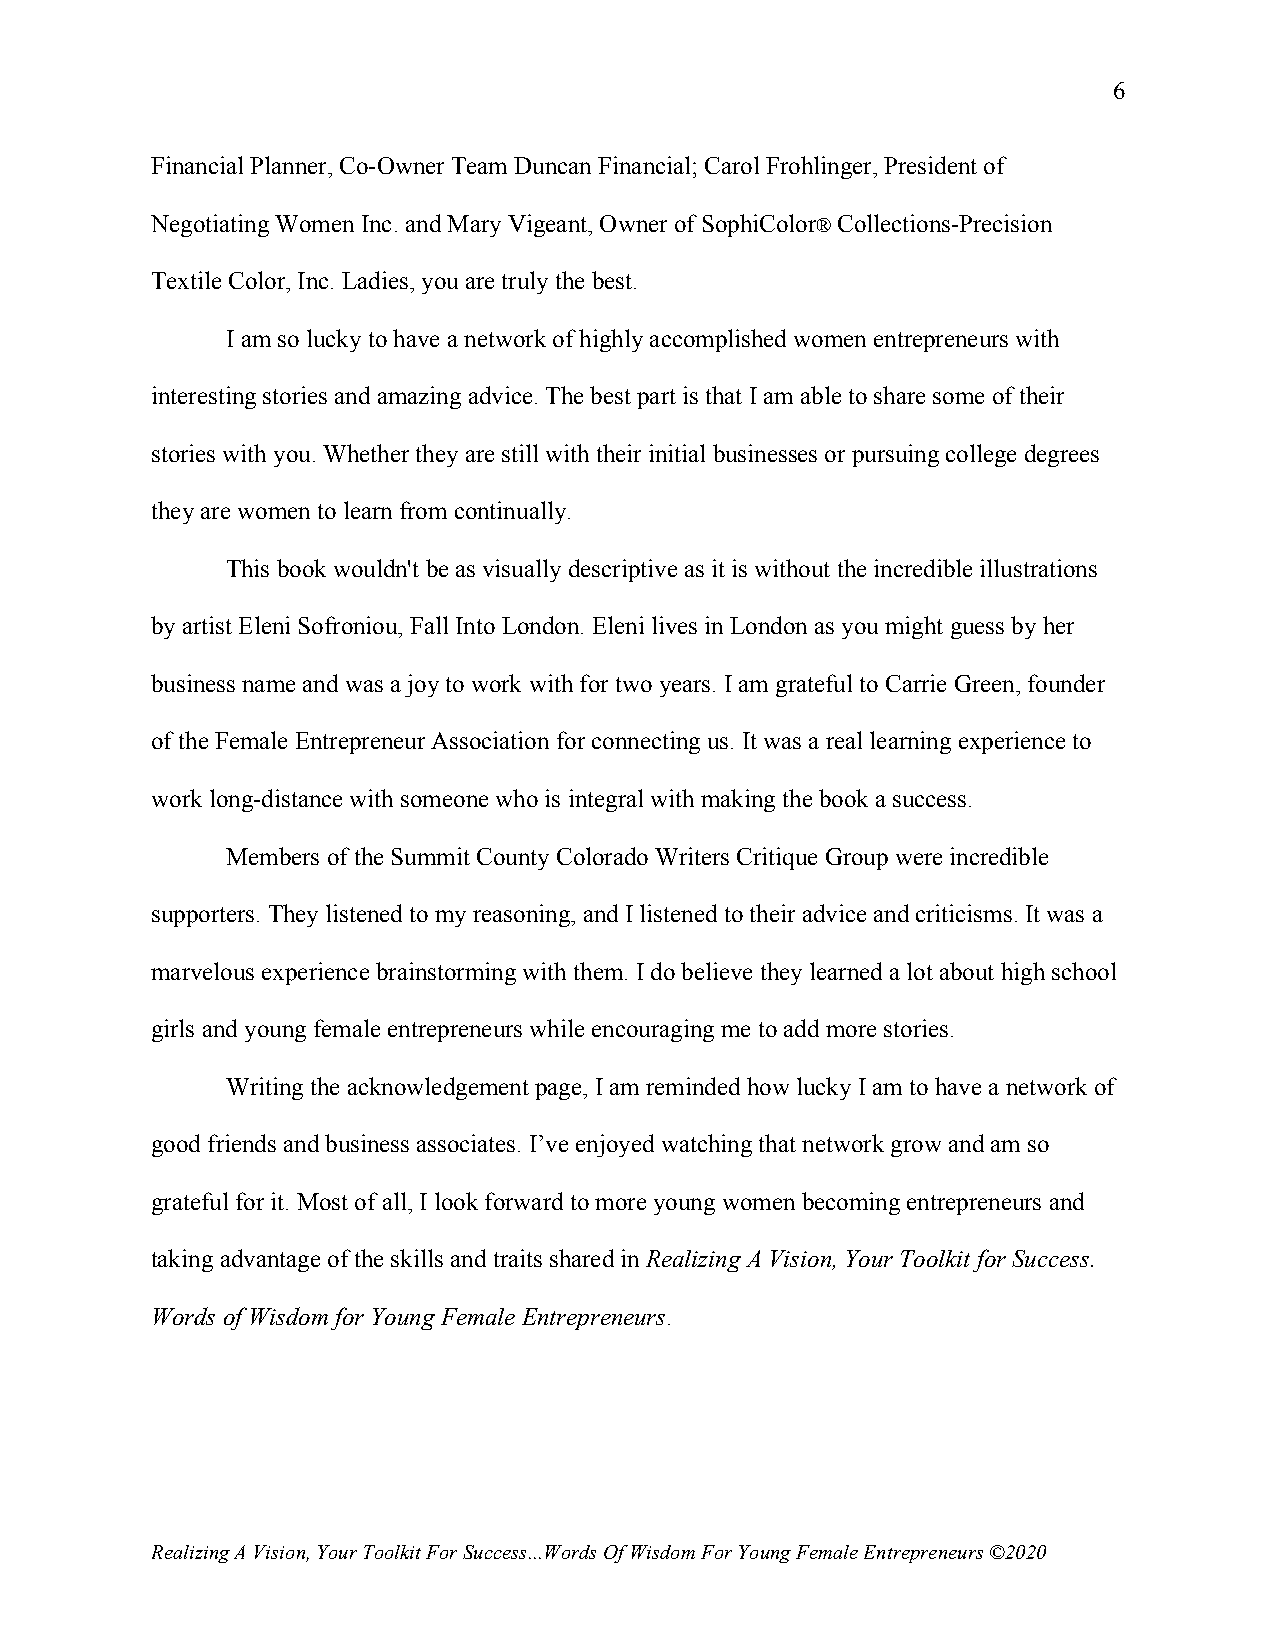
6
 Financial Planner, Co-Owner Team Duncan Financial; Carol Frohlinger, President of
 Negotiating Women Inc. and Mary Vigeant, Owner of SophiColor® Collections-Precision
 Textile Color, Inc. Ladies, you are truly the best.
 I am so lucky to have a network of highly accomplished women entrepreneurs with
 interesting stories and amazing advice. The best part is that I am able to share some of their
 stories with you. Whether they are still with their initial businesses or pursuing college degrees
 they are women to learn from continually.
 This book wouldn't be as visually descriptive as it is without the incredible illustrations
 by artist Eleni Sofroniou, Fall Into London. Eleni lives in London as you might guess by her
 business name and was a joy to work with for two years. I am grateful to Carrie Green, founder
 of the Female Entrepreneur Association for connecting us. It was a real learning experience to
 work long-distance with someone who is integral with making the book a success.
 Members of the Summit County Colorado Writers Critique Group were incredible
 supporters. They listened to my reasoning, and I listened to their advice and criticisms. It was a
 marvelous experience brainstorming with them. I do believe they learned a lot about high school
 girls and young female entrepreneurs while encouraging me to add more stories.
 Writing the acknowledgement page, I am reminded how lucky I am to have a network of
 good friends and business associates. I’ve enjoyed watching that network grow and am so
 grateful for it. Most of all, I look forward to more young women becoming entrepreneurs and
 taking advantage of the skills and traits shared in Realizing A Vision, Your Toolkit for Success.
 Words of Wisdom for Young Female Entrepreneurs.
 Realizing A Vision, Your Toolkit For Success...Words Of Wisdom For Young Female Entrepreneurs ©2020